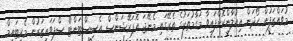
މުވައްޒަފުން ހޯދަން އިއުލާންކޮށްފައިވާ މަގާމުތަކުގެ ތެރޭގައި މެނޭޖަ އޮޕަރޭޝަންސް އެސިސްޓަންޓް ސްޕަވައިޒަރުން މެރިޓައިމް